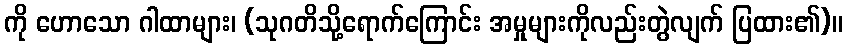
ကို ဟောသော ဂါထာများ၊ (သုဂတိသို့ရောက်ကြောင်း အမှုများကိုလည်းတွဲလျက် ပြထား၏)။